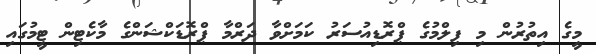
މީގެ އިތުރުން މި ފިލްމުގެ ޕްރޮޑިއުސަރު ކަމަށްވާ ދަރްމާ ޕްރޮޑަކްޝަންގެ މާކެޓިން ޓީމުގައި